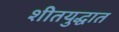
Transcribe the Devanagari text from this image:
शीतयुद्धात